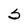
Character: S